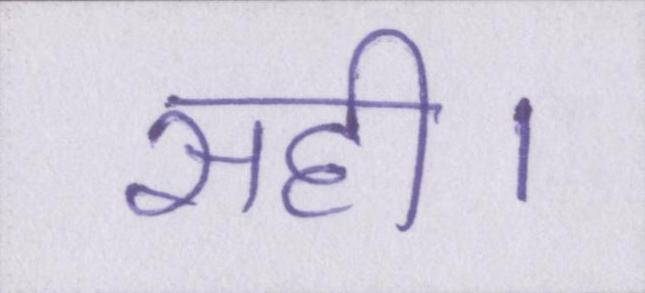
सही।